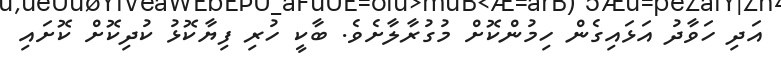
އަދި ހަވާދު އަޅައިގެން ހިމުންކޮށް މުގުރާލާށެވެ. ބާކީ ހުރި ފިޔާކޮޅު ކުދިކޮށް ކޮށައި